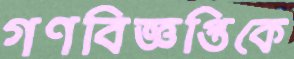
গণবিজ্ঞপ্তিকে